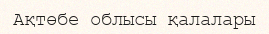
Ақтөбе облысы қалалары